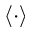
\left\langle { \cdot } \right\rangle